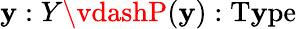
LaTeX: \mathbf{y}:Y\vdashP(\mathbf{y}):\mathrm{{T\mathbf{y}pe}}